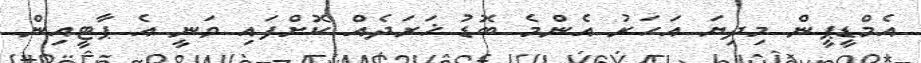
އެމްޑީޕީން މިދިޔަ އަހަރު އެންމެ ބޮޑު ޚަރަދެއް ކޮށްފައި ވަނީ އެ ޕާޓީއިން